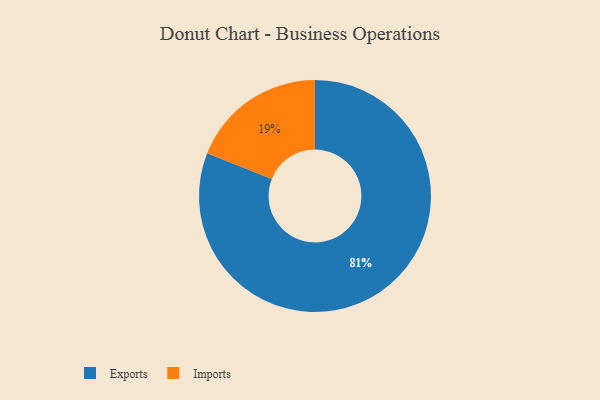
{"axis": {"x": "Category", "y": "Percentage"}, "legend": ["Exports", "Imports"], "data": [{"x": "Imports", "y": 19, "type": "Imports"}, {"x": "Exports", "y": 81, "type": "Exports"}]}